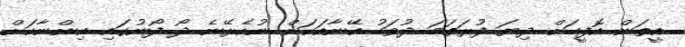
އީތަން އޮފީހަށް ދިޔަ ފުރަތަމަ ދުވަހު އޭނާއަކަށް ނުކެރޭނެ ދޯ ފޯނުގައި އިންނާކަށް